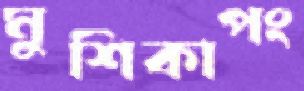
মুশিকাপং